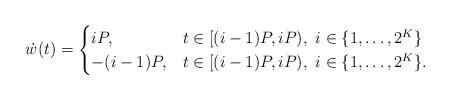
LaTeX: \begin{align*} \dot{w}(t) = \begin{cases} iP, & t \in [(i-1)P,i P ), \ i\in \{ 1,\dots, 2^K \} \\ -(i-1)P, & t \in [(i-1)P,iP ), \ i\in \{ 1,\dots, 2^K \} . \end{cases}\end{align*}